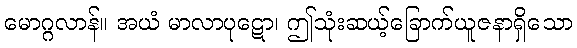
မောဂ္ဂလာန်။ အယံ မာလာပုဋော၊ ဤသုံးဆယ့်ခြောက်ယူဇနာရှိသော